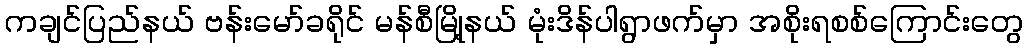
ကချင်ပြည်နယ် ဗန်းမော်ခရိုင် မန်စီမြို့နယ် မုံးဒိန်ပါရွာဖက်မှာ အစိုးရစစ်ကြောင်းတွေ